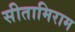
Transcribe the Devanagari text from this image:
सीतामिराम